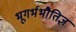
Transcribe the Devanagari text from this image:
भूगर्भभौतिज्ञ